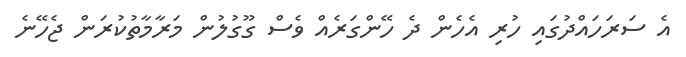
އެ ސަރަހައްދުގައި ހުރި އެހެން ދެ ހޭންގަރެއް ވެސް ގޫގުލުން މަރާމާތުކުރަން ޖެހޭނެ